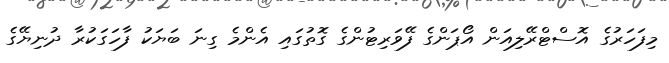
މިފަހަރުގެ އޮސްޓްރޭލިއަން އޯޕަންގެ ފޭވަރިޓުންގެ ގޮތުގައި އެންމެ ގިނަ ބަޔަކު ފާހަގަކުރާ ދުނިޔޭގެ